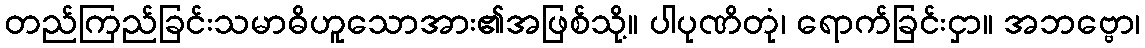
တည်ကြည်ခြင်းသမာဓိဟူသောအား၏အဖြစ်သို့။ ပါပုဏိတုံ၊ ရောက်ခြင်းငှာ။ အဘဗ္ဗော၊